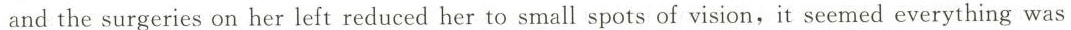
and the surgeries on her left reduced her to small spots of vision,it seemed everything was